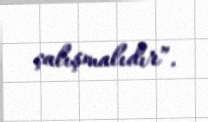
çalışmalıdır”.